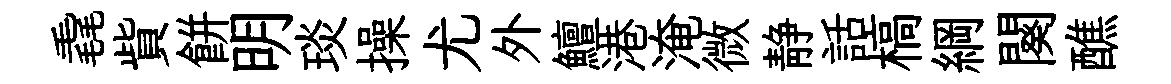
毳貲餅明琰操尤外鱣港淹微静話槁綱闋醮